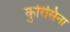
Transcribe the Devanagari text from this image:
कुरिसिना